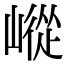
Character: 嵷